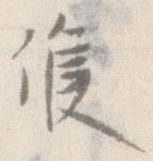
候